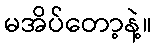
မအိပ်တော့နဲ့။